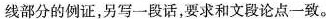
线部分的例证，另写一段话，要求和文段论点一致。